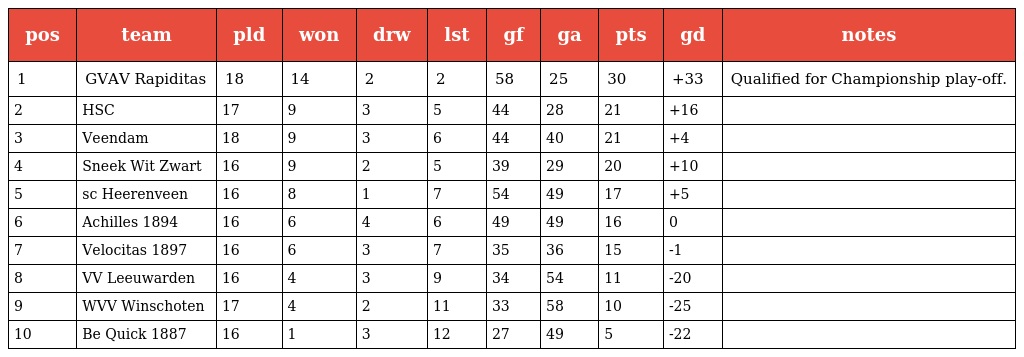
| pos | team | pld | won | drw | lst | gf | ga | pts | gd | notes |
 | --- | --- | --- | --- | --- | --- | --- | --- | --- | --- | --- |
 | 1 | GVAV Rapiditas | 18 | 14 | 2 | 2 | 58 | 25 | 30 | +33 | Qualified for Championship play-off. |
 | 2 | HSC | 17 | 9 | 3 | 5 | 44 | 28 | 21 | +16 |  |
 | 3 | Veendam | 18 | 9 | 3 | 6 | 44 | 40 | 21 | +4 |  |
 | 4 | Sneek Wit Zwart | 16 | 9 | 2 | 5 | 39 | 29 | 20 | +10 |  |
 | 5 | sc Heerenveen | 16 | 8 | 1 | 7 | 54 | 49 | 17 | +5 |  |
 | 6 | Achilles 1894 | 16 | 6 | 4 | 6 | 49 | 49 | 16 | 0 |  |
 | 7 | Velocitas 1897 | 16 | 6 | 3 | 7 | 35 | 36 | 15 | -1 |  |
 | 8 | VV Leeuwarden | 16 | 4 | 3 | 9 | 34 | 54 | 11 | -20 |  |
 | 9 | WVV Winschoten | 17 | 4 | 2 | 11 | 33 | 58 | 10 | -25 |  |
 | 10 | Be Quick 1887 | 16 | 1 | 3 | 12 | 27 | 49 | 5 | -22 |  |